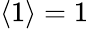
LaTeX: \left\langle 1\right\rangle=1